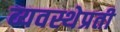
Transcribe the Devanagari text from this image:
व्यवस्थेप्रती